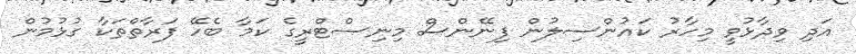
އަދި ވިދާޅުވީ މިހާރު ކައުންސިލުން ފިނޭންސް މިނިސްޓްރީގެ ކަމާ ބެހޭ ފަރާތްތަކާ ގުޅުމުން